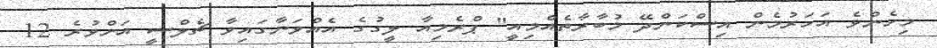
މިހެންވެ އަހަރުމެން އިސްކަންދޭ މުބާރާތެއްމިއީ" ޕްރެމިއާ ލީގުގެ އެއްވަނާގައިވާ ޗެލްސީ އަށްވުރެ 12